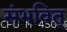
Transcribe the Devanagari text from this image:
संभवित्